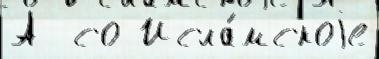
А  со Исла́мскоjе